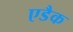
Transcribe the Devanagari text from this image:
एडैक